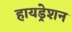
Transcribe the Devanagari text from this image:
हायड्रेशन